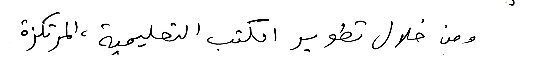
ومن خلال تطوير الكتب التعليمية ، المرتكزة